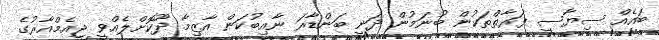
ބައެއް ސިޔާސީ ފަރާތްތަކުން ބުނަމުން ދަނީ ބަންޑާރަ ނާއިބުކަން އާޒިމާ ދޫކޮށްލެއްވީ ޖީއެމްއާރުގެ